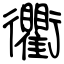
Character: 衢